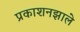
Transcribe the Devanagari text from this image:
प्रकाशनझाले